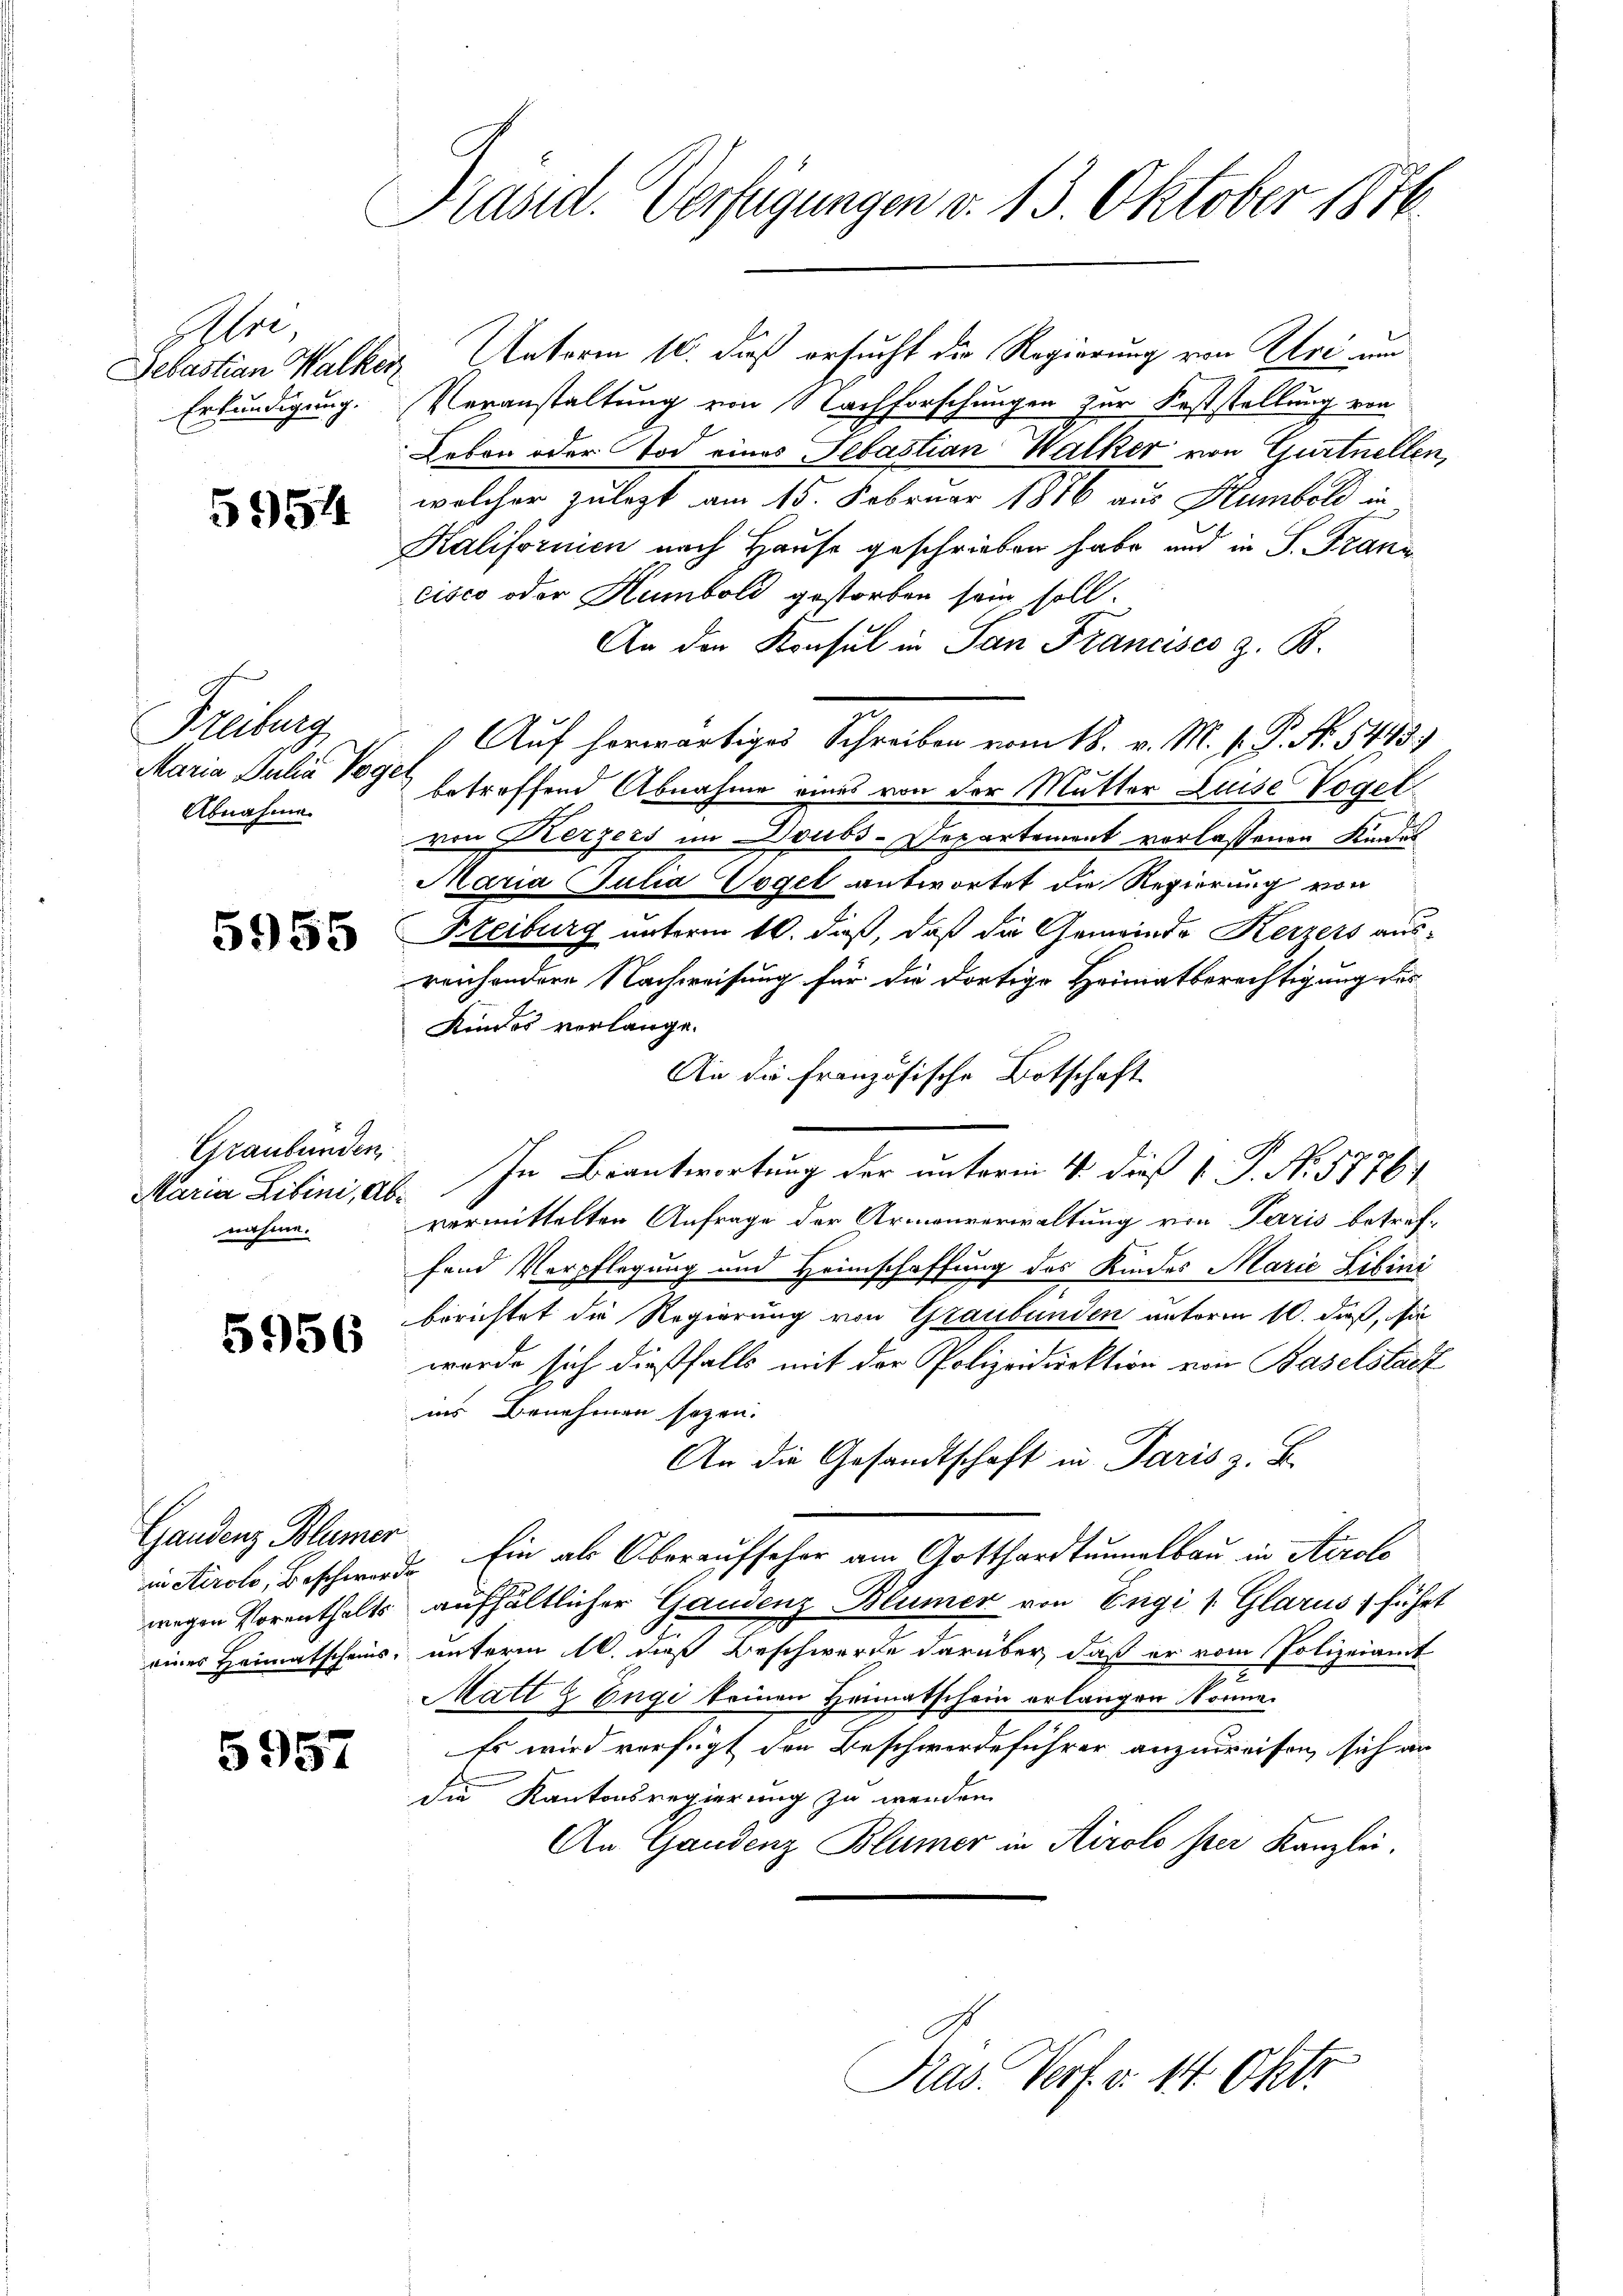
ri

5954

Freiburg
Maria Julia Poger
Abnahme

5955

Graubünden
Maria Libini, Abnahme.

5956

Gandenz Blümer

5957

Präsid. Verfügungen v. 13. Oktober 1816.

Sebastian Walker Unterm 10. daß ersucht die Regierung von Uri und
Erkundigung. Veranstaltung von Nachforschungen zur Feststellung von
Leben oder Tod eines Sebastian Walker von Gurtnellen,
welcher zulezt am 15. Februar 1876 aus Humbold in
Kalifornien nach Hause geschrieben habe und in S. Franz
cisco oder Humbold gestorben sein soll.
An den Konsul in San Francisco z. B.
Auf herwärtiges Schreiben vom 18. v. M. h. P. Nr. 5443)
betreffend Abnahme eines von der Mutter Luise Vogel
von Kerzers im Doubs-Departement vorlassenen Kindes
Maria Julia Vogel antwortet die Regierung von
Bleiburg unterm 10. daß, daß die Gemeinde Kerzers aus-
reichondere Nachweisung für die dortige Heimatberechtigung des
Kindes verlange.
An die französische Botschaft
In Beantwortung der unterm 4. dieß 1. P. N. 5776/
vermittelten Anfrage der Armenverwaltung von Paris betref-
fend Verpflegung und Heimschaffung des Kindes Marie Libini
berichtet die Regierung von Graubünden unterm 10. daß, du
wurde sich dießfalls mit der Polizeidirektion von Baselstadt
ins Benehmen sogen.
An die Gesandtschaft in Paris z. B.
in Airolo, Beschwerde. Ein als Oberaufseher am Gotthardtunnalbau in Airolo
wegen Vorenthalts aufhältlicher Gaudenz Blümer von Engi 1 Glarus führt
eines Heimatscheins, unterm 16. dieß Beschwerde darüber, daß er vom Polizeiamt
Matt & Engi keinen Heimatschein erlangen könne.
Es wird verfügt den Beschwerdeführer anzureifen, sich an
die Kantonsregierung zu werden.
An Gaudenz Blümer in Airolo per Kanzlei.

Präs. Verf. v. 14. Okt.